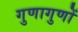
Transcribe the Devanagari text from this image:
गुणागुणों